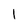
Character: l